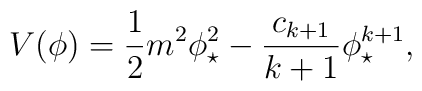
V(\phi) = \frac{1}{2} m^2 \phi_\star^2 - \frac{c_{k+1}}{k+1}\phi_\star^{k+1} ,